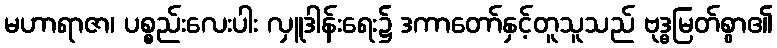
မဟာရာဇာ၊ ပစ္စည်းလေးပါး လှူဒါန်းရေး၌ ဒကာတော်နှင့်တူသူသည် ဗုဒ္ဓမြတ်စွာ၏